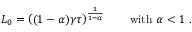
L _ { 0 } = \left( ( 1 - \alpha ) \gamma \tau \right) ^ { \frac { 1 } { 1 - \alpha } } \qquad \mathrm { w i t h } \ \alpha < 1 \ .